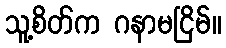
သူ့စိတ်က ဂနာမငြိမ်။